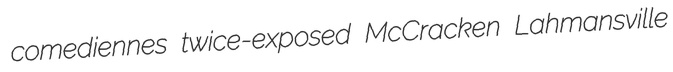
comediennes twice-exposed McCracken Lahmansville